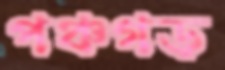
পঞ্চগড়